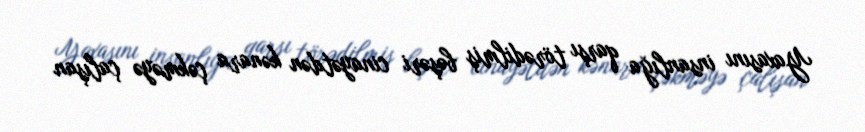
Yaxasını insanlığa qarşı törədilmiş bəşəri cinayətdən kənara çəkməyə çalışan